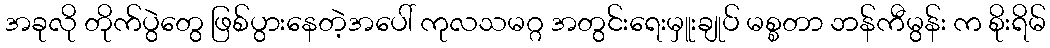
အခုလို တိုက်ပွဲတွေ ဖြစ်ပွားနေတဲ့အပေါ် ကုလသမဂ္ဂ အတွင်းရေးမှူးချုပ် မစ္စတာ ဘန်ကီမွန်း က စိုးရိမ်